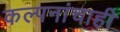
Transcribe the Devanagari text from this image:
कल्पनांचाही